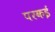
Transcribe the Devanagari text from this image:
परकई